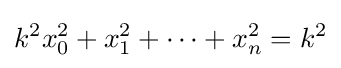
k^{2}x_{0}^{2}+x_{1}^{2}+\dots +x_{n}^{2}=k^{2}